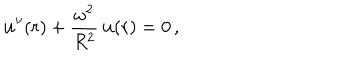
LaTeX: { \bf u } ^ { \prime \prime } ( r ) + \frac { \omega ^ { 2 } } { R ^ { 2 } } \, { \bf u } ( r ) = 0 \, { , }